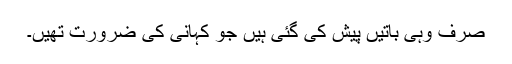
صرف وہی باتیں پیش کی گئی ہیں جو کہانی کی ضرورت تھیں۔